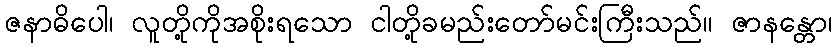
ဇနာဓိပေါ၊ လူတို့ကိုအစိုးရသော ငါတို့ခမည်းတော်မင်းကြီးသည်။ ဇာနန္တော၊